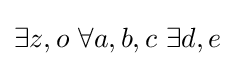
\exists z,o~\forall a,b,c~\exists d,e